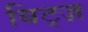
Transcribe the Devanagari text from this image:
बिट्ज़